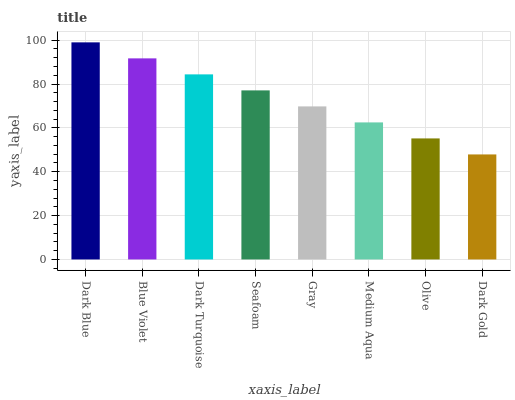
| xaxis_label | bars |
 | --- | --- |
 | Dark Blue | 99 |
 | Blue Violet | 91.7 |
 | Dark Turquoise | 84.4 |
 | Seafoam | 77.1 |
 | Gray | 69.8 |
 | Medium Aqua | 62.5 |
 | Olive | 55.2 |
 | Dark Gold | 47.9 |